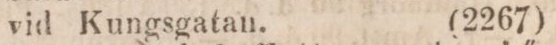
vid Kungsgatan.     (2267)